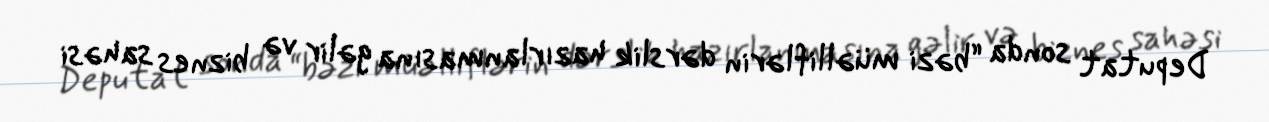
Deputat sonda “bəzi müəlliflərin dərslik hazırlanmasına gəlir və biznes sahəsi